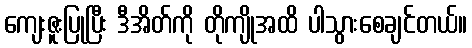
ကျေးဇူးပြုပြီး ဒီအိတ်ကို တိုကျိုအထိ ပါသွားစေချင်တယ်။